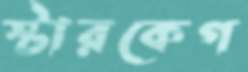
স্টারকেগ